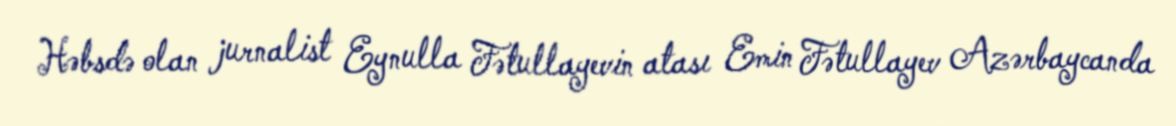
Həbsdə olan jurnalist Eynulla Fətullayevin atası Emin Fətullayev Azərbaycanda